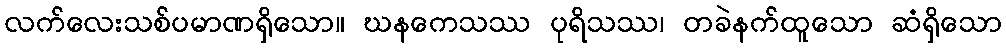
လက်လေးသစ်ပမာဏရှိသော။ ဃနကေသဿ ပုရိသဿ၊ တခဲနက်ထူသော ဆံရှိသော